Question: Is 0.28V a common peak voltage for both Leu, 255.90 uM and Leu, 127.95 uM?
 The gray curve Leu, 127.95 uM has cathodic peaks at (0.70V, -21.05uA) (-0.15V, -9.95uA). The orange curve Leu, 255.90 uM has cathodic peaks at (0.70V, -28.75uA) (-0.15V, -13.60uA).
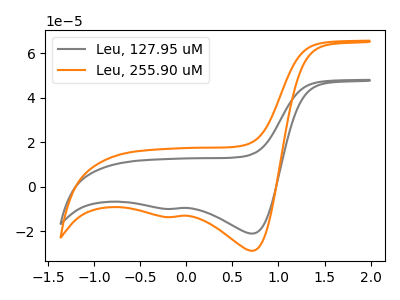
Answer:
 <answer>No, "Leu, 255.90 uM" and "Leu, 127.95 uM" dont share a peak at 0.28V.</answer>
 <eval>mismatch</eval>